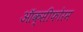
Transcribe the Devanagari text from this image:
ऑक्सीफोरम